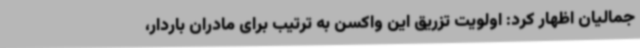
جمالیان اظهار کرد: اولویت تزریق این واکسن به ترتیب برای مادران باردار،